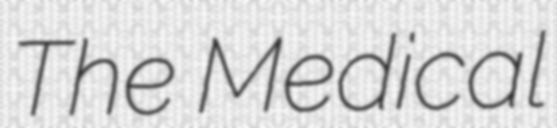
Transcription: The Medical